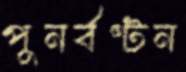
পুনর্বণ্টন